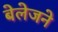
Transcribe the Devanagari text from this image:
बेलेजने